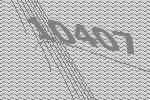
10407